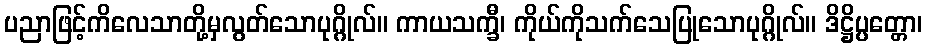
ပညာဖြင့်ကိလေသာတို့မှလွတ်သောပုဂ္ဂိုလ်။ ကာယသက္ခီ၊ ကိုယ်ကိုသက်သေပြုသောပုဂ္ဂိုလ်။ ဒိဋ္ဌိပ္ပတ္တော၊